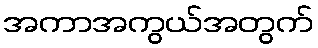
အကာအကွယ်အတွက်